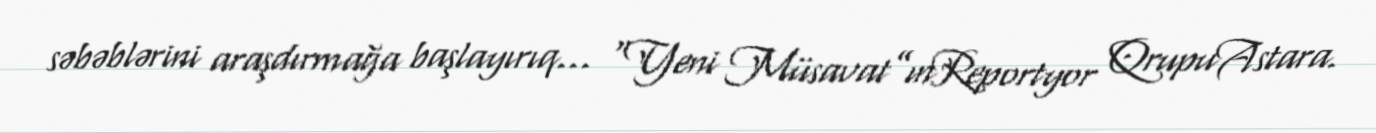
səbəblərini araşdırmağa başlayırıq... “Yeni Müsavat”ınReportyor QrupuAstara.